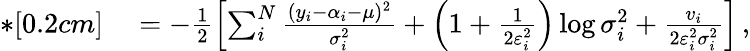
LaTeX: \begin{array}{rl}{*[0.2cm]}&{{}=-\frac{1}{2}\left[\sum_{i}^{N}\frac{(y_{i}-\alpha_{i}-\mu)^{2}}{\sigma_{i}^{2}}+\left(1+\frac{1}{2\varepsilon_{i}^{2}}\right)\log{\sigma_{i}^{2}}+\frac{v_{i}}{2\varepsilon_{i}^{2}\sigma_{i}^{2}}\right]\, ,}\end{array}